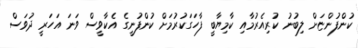
ކުންފުންޏަށް ލިބުނު ކުރިއެރުމާއި ކާމިޔާބީ ފާހަގަކުރުމަށް ކުންފުނީގެ އެކާވީސް ވަނަ އަހަރީ ދުވަސް